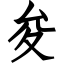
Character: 夋